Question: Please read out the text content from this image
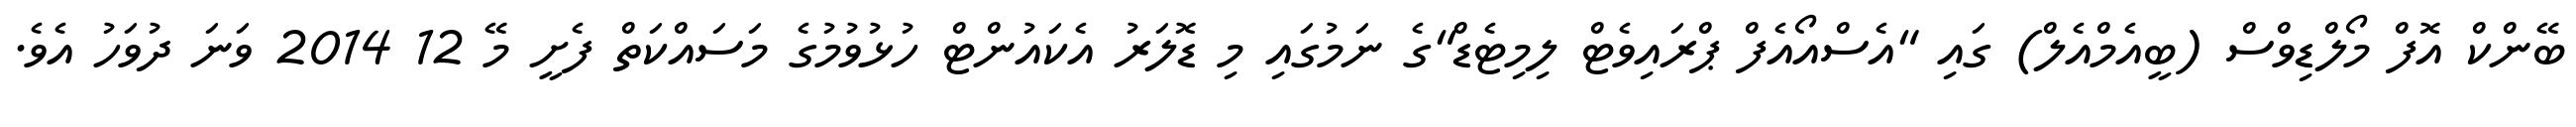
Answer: ބޭންކް އޮފް މޯލްޑިވްސް (ބީއެމްއެލް) ގައި "އެސްއޯއެފް ޕްރައިވެޓް ލިމިޓެޑް"ގެ ނަމުގައި މި ޑޮލަރު އެކައުންޓް ހުޅުވުމުގެ މަސައްކަތް ފެށީ މޭ 12 2014 ވަނަ ދުވަހު އެވެ.